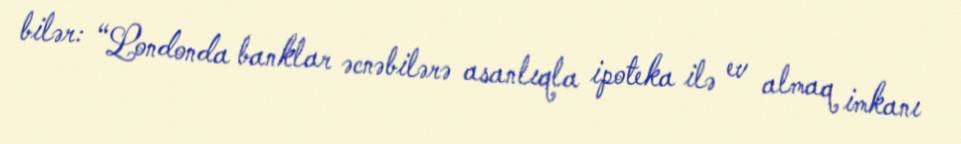
bilər: “Londonda banklar əcnəbilərə asanlıqla ipoteka ilə ev almaq imkanı